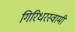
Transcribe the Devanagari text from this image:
गिरिधरस्वामी